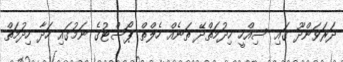
ދަރަވަންދޫ ގައި ސިއްހީ ހިދުމަތްދޭ ތަނެއް ހެލްތް ޕޯސްޓުގެ ނަމުގައި ހަދާ ހިދުމަތް